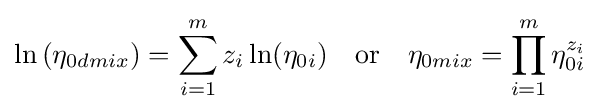
\ln \left(\eta _{0dmix}\right)=\sum _{i=1}^{m}z_{i}\ln(\eta _{0i})\quad {\text{or}}\quad \eta _{0mix}=\prod _{i=1}^{m}\eta _{0i}^{z_{i}}